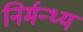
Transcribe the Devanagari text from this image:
निर्मन्थ्य